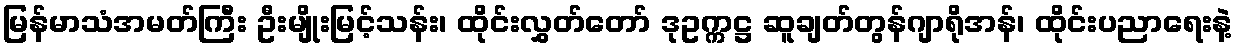
မြန်မာသံအမတ်ကြီး ဦးမျိုးမြင့်သန်း၊ ထိုင်းလွှတ်တော် ဒုဥက္ကဋ္ဌ ဆူချတ်တွန်ဂျာရိုအန်၊ ထိုင်းပညာရေးနဲ့